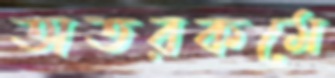
অতরকমে